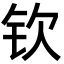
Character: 钦